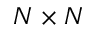
N \times N